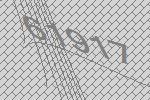
61917